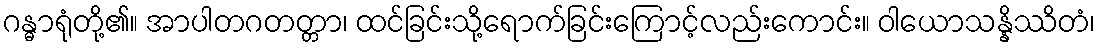
ဂန္ဓာရုံတို့၏။ အာပါတဂတတ္တာ၊ ထင်ခြင်းသို့ရောက်ခြင်းကြောင့်လည်းကောင်း။ ဝါယောသန္နိဿိတံ၊